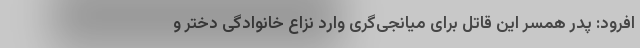
افرود: پدر همسر این قاتل برای میانجی‌گری وارد نزاع خانوادگی دختر و